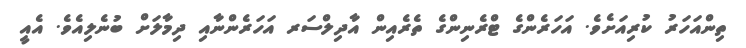
ތިންއަހަރު ކުރިއަށެވެ. އަހަރެންގެ ޓްރެނިންގެ ތެރެއިން އާދިލްސަރ އަހަރެންނާއި ދިމާލަށް ބުނެލިއެވެ. އެއީ